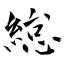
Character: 緿